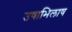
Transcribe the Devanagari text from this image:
उषाभिलाष